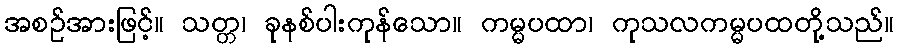
အစဉ်အားဖြင့်။ သတ္တ၊ ခုနစ်ပါးကုန်သော။ ကမ္မပထာ၊ ကုသလကမ္မပထတို့သည်။